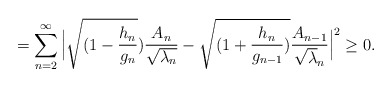
\begin{align*}&=\displaystyle\sum_{n=2}^{\infty}\Big|\sqrt{(1-\frac{h_{n}}{g_{n}}})\frac{A_{n}}{\sqrt{\lambda_{n}}}-\sqrt{(1+\frac{h_{n}}{g_{n-1}})}\frac{A_{n-1}}{\sqrt\lambda_{n}}\Big|^{2}\geq0.\end{align*}